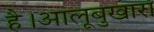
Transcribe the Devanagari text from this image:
है।आलूबुखारा